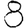
Digit: 8